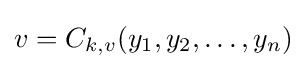
v=C_{k,v}(y_{1},y_{2},\dots ,y_{n})